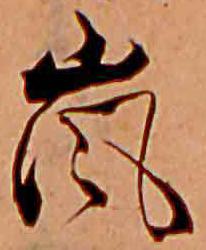
嵐